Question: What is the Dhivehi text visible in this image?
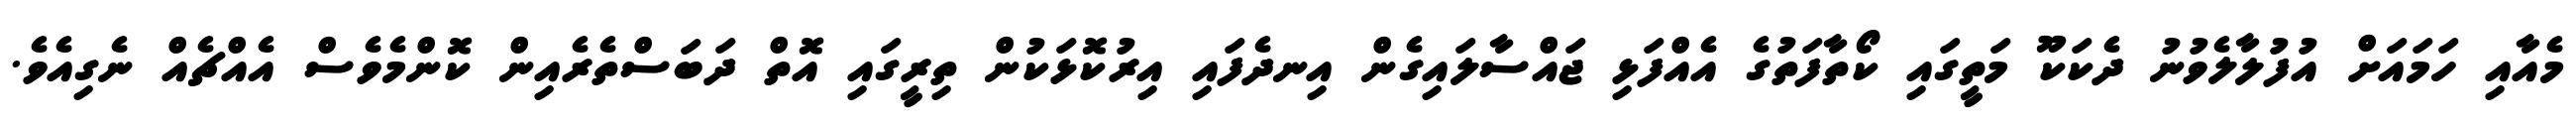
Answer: މެއާއި ހަމައަށް އުފުލާލެވުނު ދެކަކޫ މަތީގައި ކޯތާފަތުގެ އެއްފަޅި ޖައްސާލައިގެން އިނދެފައި އިރުކޮޅަކުން ތިރީގައި އޮތް ދަބަސްތެރެއިން ކޮންމެވެސް އެއްޗެއް ނެގިއެވެ.